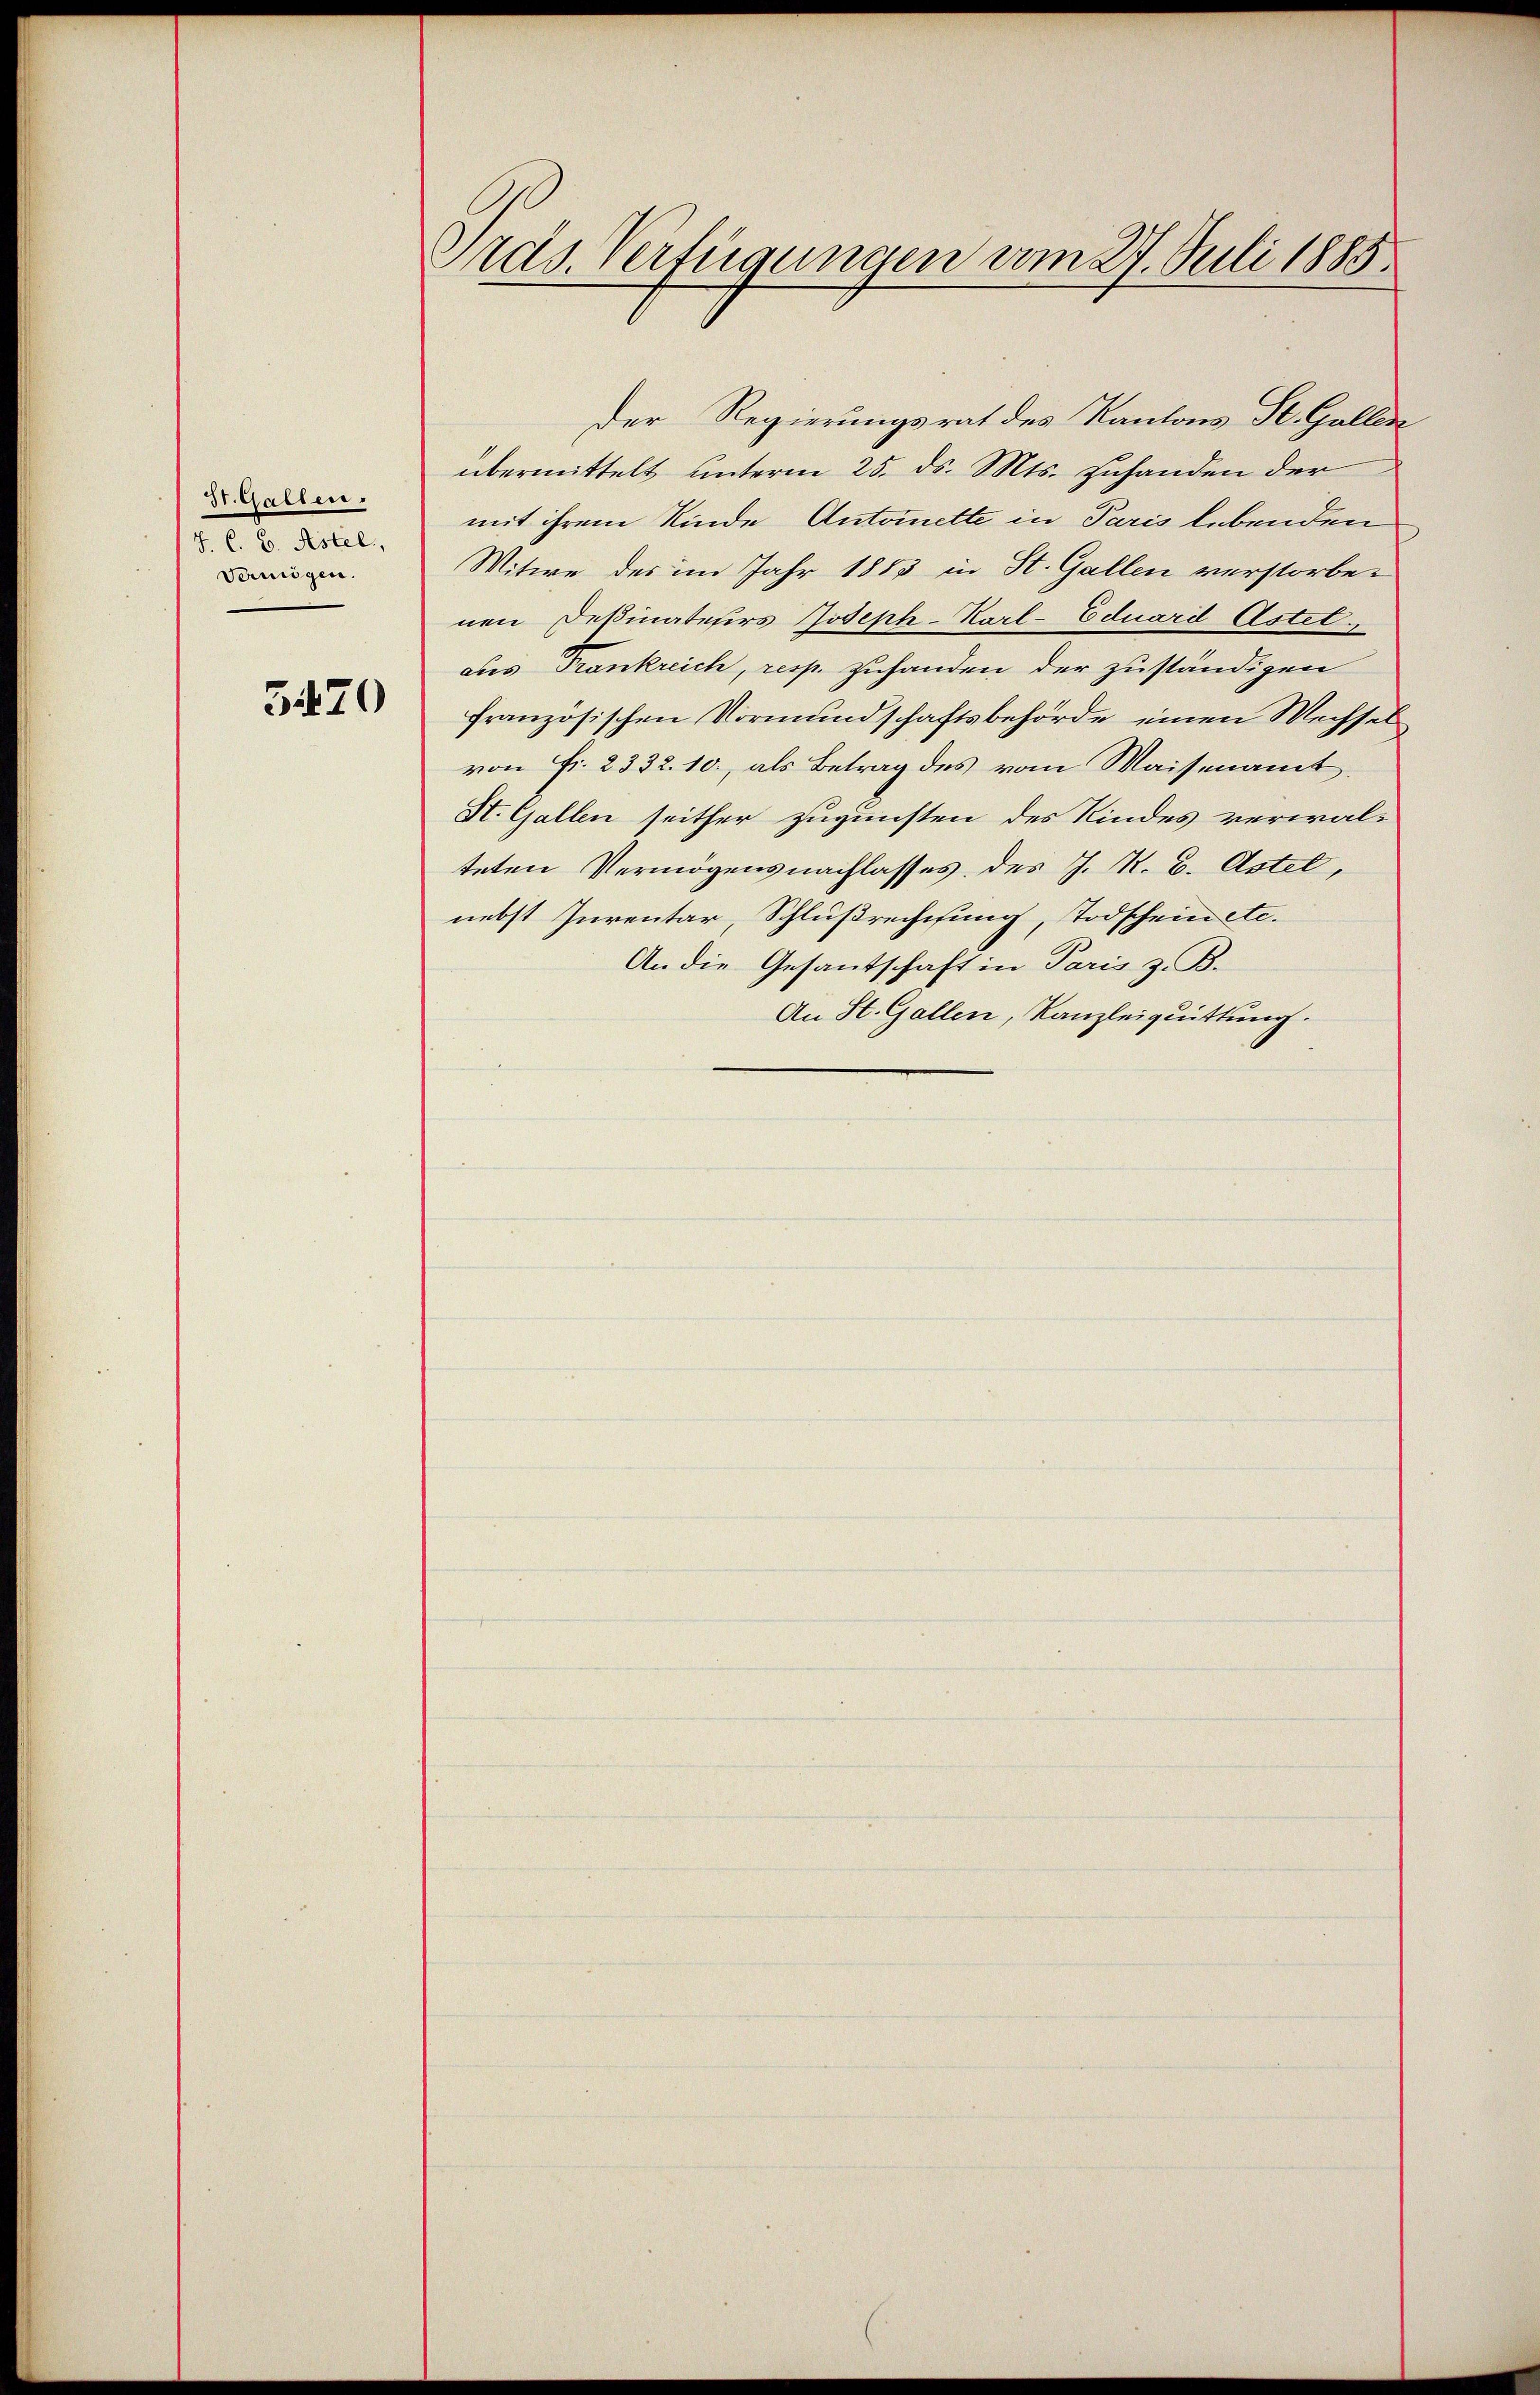
St. Gallen.
J. C. B. Astel
Vermögen.

3470

Pras. Verfügungen vom 27. Juli 1885.

Der Regierungsrat des Kantons St. Gallen
übermittelt unterm 25. ds. Mts. zuhanden der
mit ihrem Kinde Antonette in Paris lebenden
Witwe des im Jahr 1883 in St. Gallen verstorbenen Deßinateters Joseph-Karl-Eduard Astel
aus Frankreich, resp. Zuhanden der zuständigen
französischen Vormundschaftsbehörde einen Wechselvon Fr. 2332. 10., als Betrag des vom Waisenamt
St. Gallen seither zugunsten des Kindes verwalteten Vermögensnachlasses des J. K. B. Astel,
nebst Inventar, Schlußrechtsung, Todschein etc.
An die Gesandschaft in Paris z. B.
An St. Gallen, Kanzleiquittung.